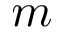
m